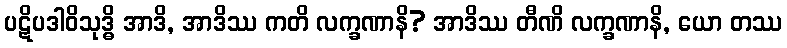
ပဋိပဒါဝိသုဒ္ဓိ အာဒိ, အာဒိဿ ကတိ လက္ခဏာနိ? အာဒိဿ တီဏိ လက္ခဏာနိ, ယော တဿ